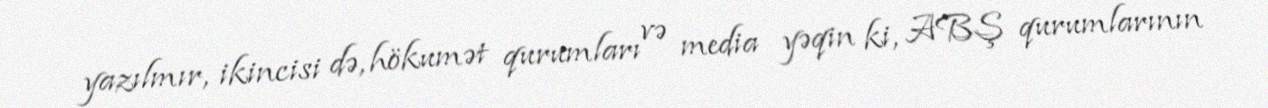
yazılmır, ikincisi də, hökumət qurumları və media yəqin ki, ABŞ qurumlarının